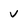
Character: v